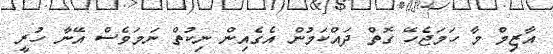
އާޒިމް މާ ހަމަޖެހޭ ގޮތް ދައްކަމުން އެގެއިން ނިކުތް ނަމަވެސް އޭނާ ހުރީ